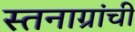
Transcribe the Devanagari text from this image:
स्तनाग्रांची